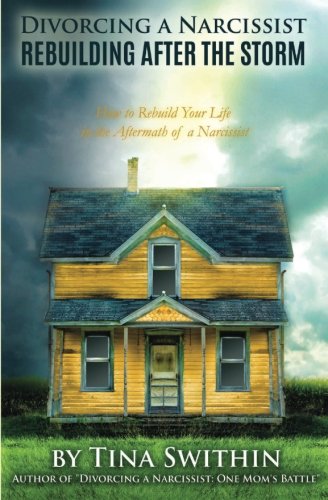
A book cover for Divorcing a Narcissist: Rebuilding After The Storm; Tina Swithin; Parenting & Relationships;